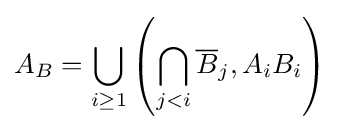
A_{B}=\bigcup _{i\geq 1}\left(\bigcap _{j<i}{\overline {B}}_{j},A_{i}B_{i}\right)